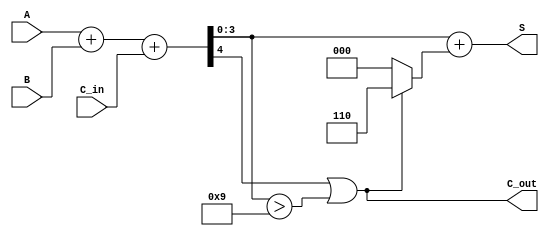
module BCD_Carry_Lookahead_Adder (
    input  wire [3:0] A,      // BCD digit A
    input  wire [3:0] B,      // BCD digit B
    input  wire C_in,         // Carry-in
    output wire [3:0] S,      // BCD sum output
    output wire C_out         // Carry-out
);

    // Intermediate sum calculation
    wire [4:0] S_temp;        // 5 bits to hold the sum (A + B + C_in)
    assign S_temp = A + B + C_in;

    // Carry generation
    wire C1, C2, C3, C4;

    assign C1 = (A[0] & B[0]) | ((A[0] ^ B[0]) & C_in);
    assign C2 = (A[1] & B[1]) | ((A[1] ^ B[1]) & C1);
    assign C3 = (A[2] & B[2]) | ((A[2] ^ B[2]) & C2);
    assign C4 = (A[3] & B[3]) | ((A[3] ^ B[3]) & C3);

    // Carry-out logic
    assign C_out = (S_temp[4] | (S_temp[3:0] > 4'd9));

    // BCD adjustment
    wire [4:0] S_adjusted;
    assign S_adjusted = S_temp + (C_out ? 5'b00110 : 5'b00000); // Add 6 if adjustment is needed

    // Final sum output
    assign S = S_adjusted[3:0]; // Take the lower 4 bits as the BCD sum

endmodule